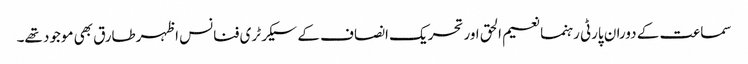
سماعت کے دوران پارٹی رہنما نعیم الحق اور تحریک انصاف کے سیکرٹری فنانس اظہرطارق بھی موجود تھے۔